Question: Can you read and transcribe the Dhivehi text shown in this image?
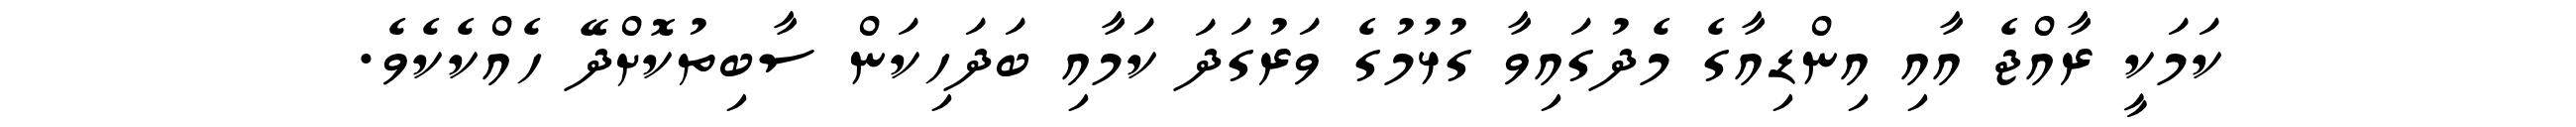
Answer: ކަމަކީ ރާއްޖެ އާއި އިންޑިއާގެ މެދުގައިވާ ގުޅުމުގެ ވަރުގަދަ ކަމާއި ބަދަހިކަން ސާބިތުކޮށްދޭ ހެއްކެކެވެ.